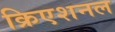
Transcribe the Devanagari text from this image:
क्रिएशनल